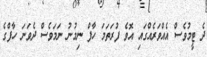
ދެ ޓީމުވެސް އެއްވަރެއްގައި އޮވެ ފުރަތަމަ ހާފް ނިމުނު ނަމަވެސް ދެވަނަ ހާފްގެ